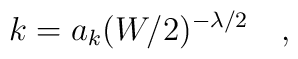
k=a_k (W/2)^{-\lambda/2}\quad,